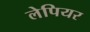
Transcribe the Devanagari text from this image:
लेपियर